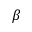
\beta